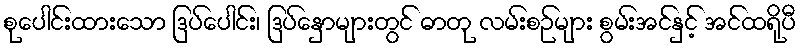
စုပေါင်းထားသော ဒြပ်ပေါင်း၊ ဒြပ်နှောများတွင် ဓာတု လမ်းစဉ်များ စွမ်းအင်နှင့် အင်ထရိုပီ